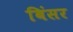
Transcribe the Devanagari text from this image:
बिंसर